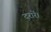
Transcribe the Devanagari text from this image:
दरारें।